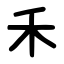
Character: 禾